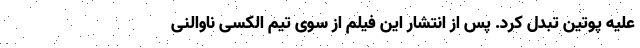
علیه پوتین تبدل کرد. پس از انتشار این فیلم از سوی تیم الکسی ناوالنی